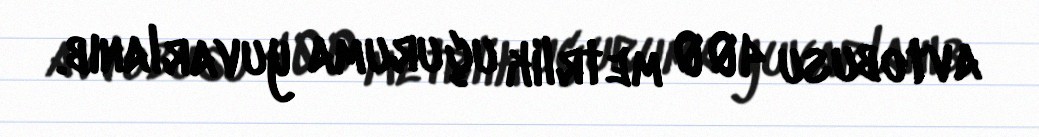
avtobusu 400 metrlik uçuruma yuvarlanıb.